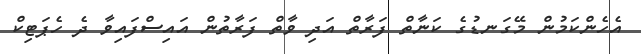
އެހެންކަމުން މޭގަނޑުގެ ކަނާތް ފަރާތް އަދި ވާތް ފަރާތުން އައިސްފައިވާ ދެ ހެޕަޓިކް